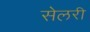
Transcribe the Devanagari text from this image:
सेलरी